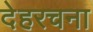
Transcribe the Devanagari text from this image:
देहरचना